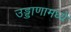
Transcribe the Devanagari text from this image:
उड्डाणामध्ये